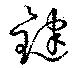
鍵